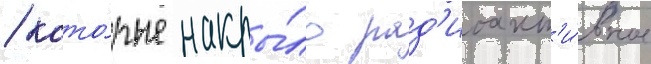
/ кото́рые накры́ло рад'иоакт'и́вное